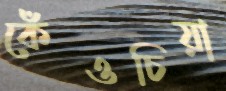
কেঁওচিয়া